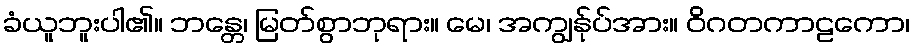
ခံယူဘူးပါ၏။ ဘန္တေ၊ မြတ်စွာဘုရား။ မေ၊ အကျွန်ုပ်အား။ ဝိဂတကာဠကော၊